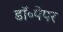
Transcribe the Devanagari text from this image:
डॉ॰पेपर